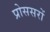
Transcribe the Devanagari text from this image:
प्रोससरों